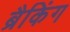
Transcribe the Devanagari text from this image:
ब्रैकिंग